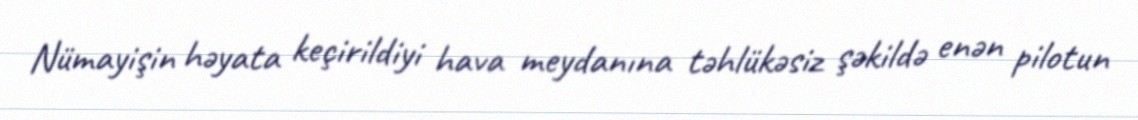
Nümayişin həyata keçirildiyi hava meydanına təhlükəsiz şəkildə enən pilotun